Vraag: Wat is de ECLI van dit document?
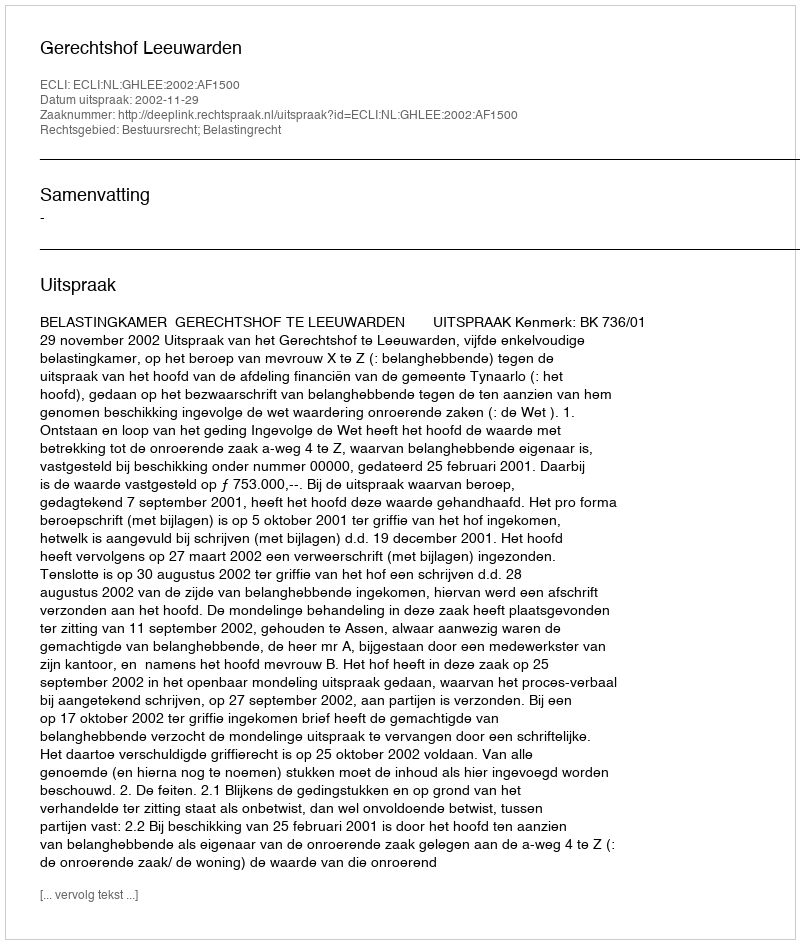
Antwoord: ECLI:NL:GHLEE:2002:AF1500